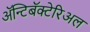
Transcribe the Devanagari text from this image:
ॲन्टिबॅक्‍टेरिअल